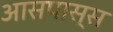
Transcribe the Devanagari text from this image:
आसपास्स